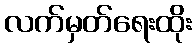
လက်မှတ်ရေးထိုး